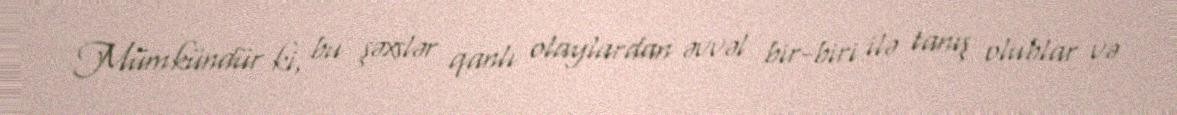
Mümkündür ki, bu şəxslər qanlı olaylardan əvvəl bir-biri ilə tanış olublar və